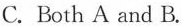
C. Both A and B.